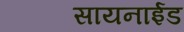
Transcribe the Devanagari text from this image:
सायनाईड